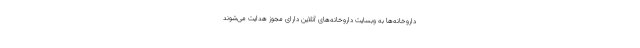
داروخانه‌ها به وبسایت داروخانه‌های آنلاین دارای مجوز هدایت می‌شوند